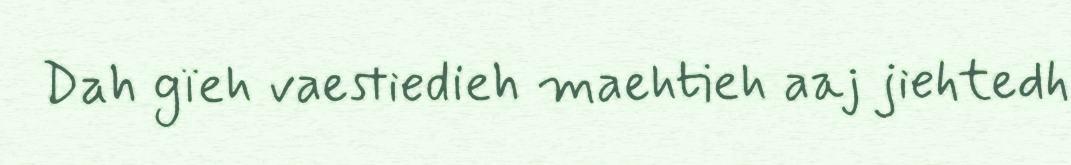
Dah gïeh vaestiedieh maehtieh aaj jiehtedh